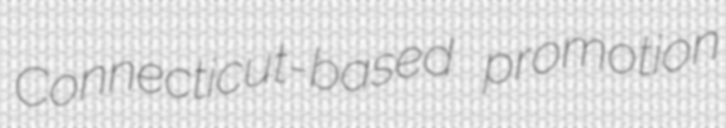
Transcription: Connecticut-based promotion